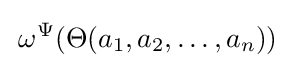
\,\omega ^{\Psi }(\Theta (a_{1},a_{2},\ldots ,a_{n}))